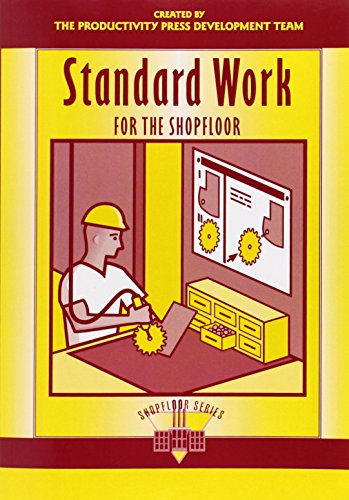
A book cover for Standard Work for the Shopfloor (The Shopfloor Series); Productivity Press Development Team; Business & Money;